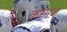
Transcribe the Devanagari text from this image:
करगज़